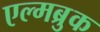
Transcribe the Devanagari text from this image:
एल्मब्रुक